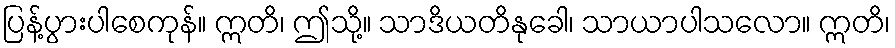
ပြန့်ပွားပါစေကုန်။ ဣတိ၊ ဤသို့။ သာဒိယတိနုခေါ၊ သာယာပါသလော။ ဣတိ၊